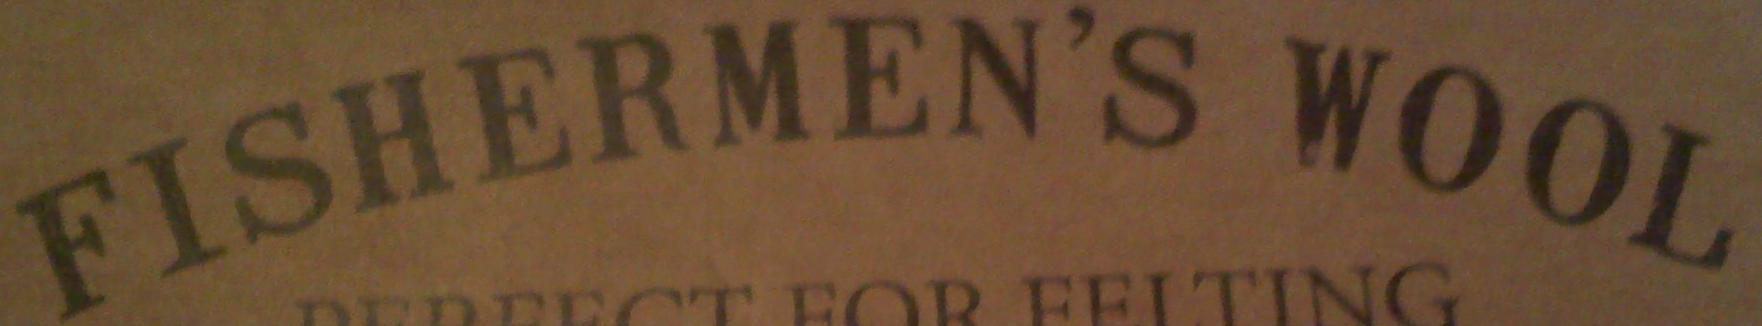
FISHERMEN'S WOOL